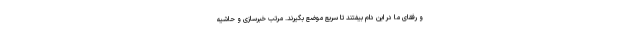
و رفقای ما در این دام بیفتند تا سریع موضع بگیرند. مرتب خبرسازی و حاشیه